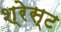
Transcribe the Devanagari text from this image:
श्रेस्ट